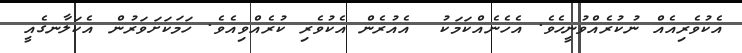
އެކުވެރިއެއް ނުކުރެއްވުނީހެވެ. އެހެނެއްކަމަކު  އެއުރެން އެކުވެރި ކުރެއްވިއެވެ. ހަމަކަށަވަރުން އެކަލާނގެއީ